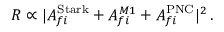
R \propto | A _ { f i } ^ { \mathrm { S t a r k } } + A _ { f i } ^ { M 1 } + A _ { f i } ^ { \mathrm { P N C } } | ^ { 2 } \, .